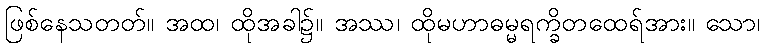
ဖြစ်နေသတတ်။ အထ၊ ထိုအခါ၌။ အဿ၊ ထိုမဟာဓမ္မရက္ခိတထေရ်အား။ သော၊